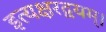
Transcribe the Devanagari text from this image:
इत्यक्षरद्वयम्।